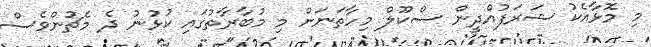
މި މޮޅާއެކު ޝަރަފުއްދީން ސްކޫލް މިހާތަނަށް މި މުބާރާތުގައި ކުޅުނު ދެ މެޗުންވެސް